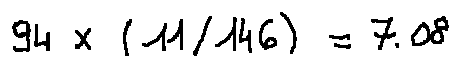
9 4 \times ( 1 1 / 1 4 6 ) = 7 . 0 8